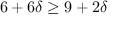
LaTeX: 6 + 6 \delta \geq 9 + 2 \delta